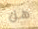
هل